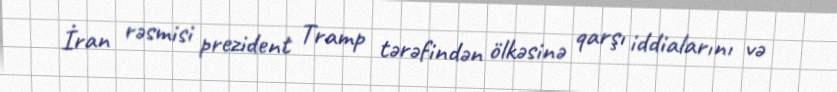
İran rəsmisi prezident Tramp tərəfindən ölkəsinə qarşı iddialarını və